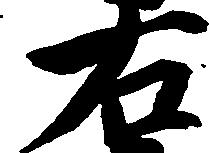
右